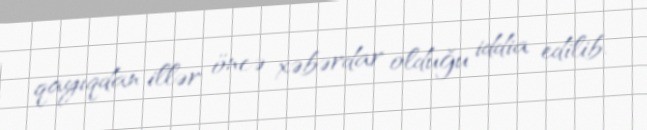
qayıqdan illər öncə xəbərdar olduğu iddia edilib.